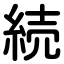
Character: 続